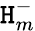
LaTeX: \mathtt{H}_{m}^{-}